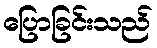
ပြောခြင်းသည်